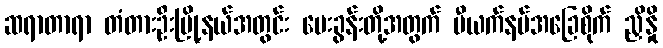
ဆရာတာရာ တံတားဦးမြို့နယ်အတွင်း မေးခွန်းတို့အတွက် ဗီယက်နမ်အခြေစိုက် ညှိနှို